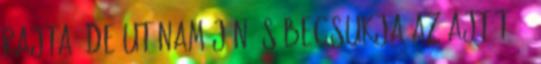
rajta, de utánam jön és becsukja az ajtót. -